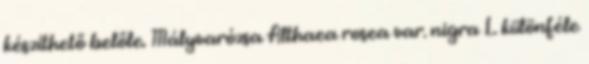
készíthető belőle. Mályvarózsa Althaea rosea var. nigra L. különféle